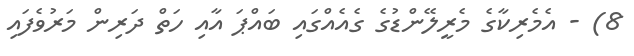
8) - އެމެރިކާގެ މެރީލޭންޑުގެ ގެއެއްގައި ބައްޕަ އާއި ހަތް ދަރިން މަރުވެފައި